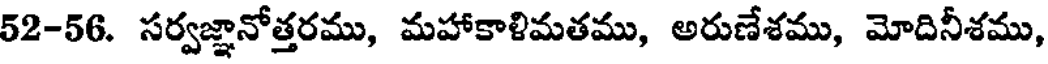
52-56. సర్వజ్ఞానోత్తరము, మహాకాళిమతము, అరుణేశము, మోదినీశము,